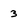
Character: 3